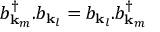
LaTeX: b _ { \mathbf { k } _ { m } } ^ { \dagger } . b _ { \mathbf { k } _ { l } } = b _ { \mathbf { k } _ { l } } . b _ { \mathbf { k } _ { m } } ^ { \dagger }